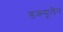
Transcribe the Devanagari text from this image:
डब्ल्यूलैन